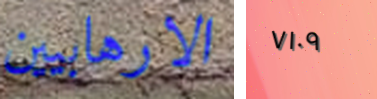
الارهابيين ٧١٠٩